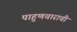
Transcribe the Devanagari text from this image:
पाहुणचाराची